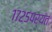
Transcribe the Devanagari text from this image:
१७२५पर्यंत